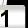
Digit: 1